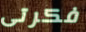
فكرتى